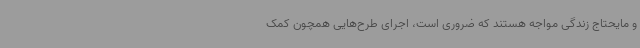
و مایحتاج زندگی مواجه هستند که ضروری است، اجرای طرح‌هایی همچون کمک